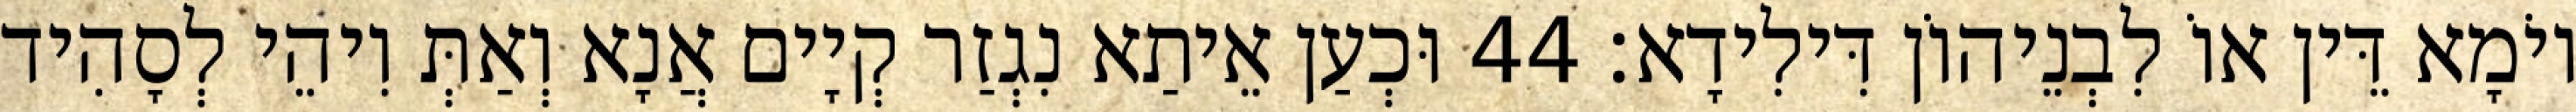
יוֹמָא דֵּין אוֹ לִבְנֵיהוֹן דִּילִידָא׃ 44 וּכְעַן אֵיתַא נִגְזַר קְיָים אֲנָא וְאַתְּ וִיהֵי לְסָהִיד